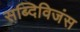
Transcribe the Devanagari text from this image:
सब्दिविजंस